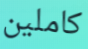
كاملين